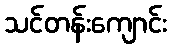
သင်တန်းကျောင်း